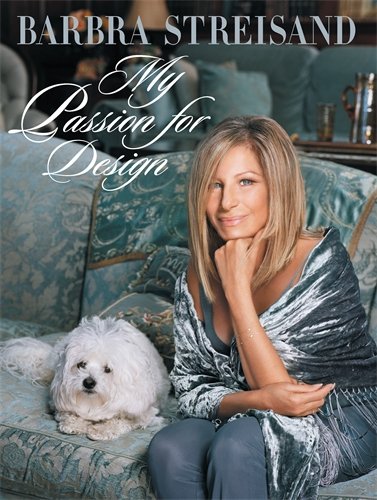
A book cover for My Passion for Design; Barbra Streisand; Crafts, Hobbies & Home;